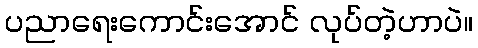
ပညာရေးကောင်းအောင် လုပ်တဲ့ဟာပဲ။